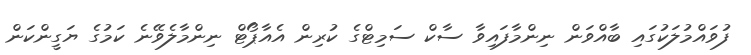
ފުވައްމުލަކުގައި ބާއްވަން ނިންމާފައިވާ ސާކް ސަމިޓްގެ ކުރިން އެއާޕޯޓް ނިންމާލެވޭނެ ކަމުގެ ޔަގީންކަން